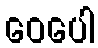
ဝေပေါ